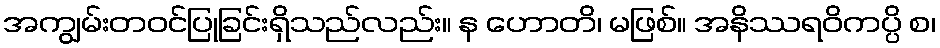
အကျွမ်းတဝင်ပြုခြင်းရှိသည်လည်း။ န ဟောတိ၊ မဖြစ်။ အနိဿရဝိကပ္ပိ စ၊